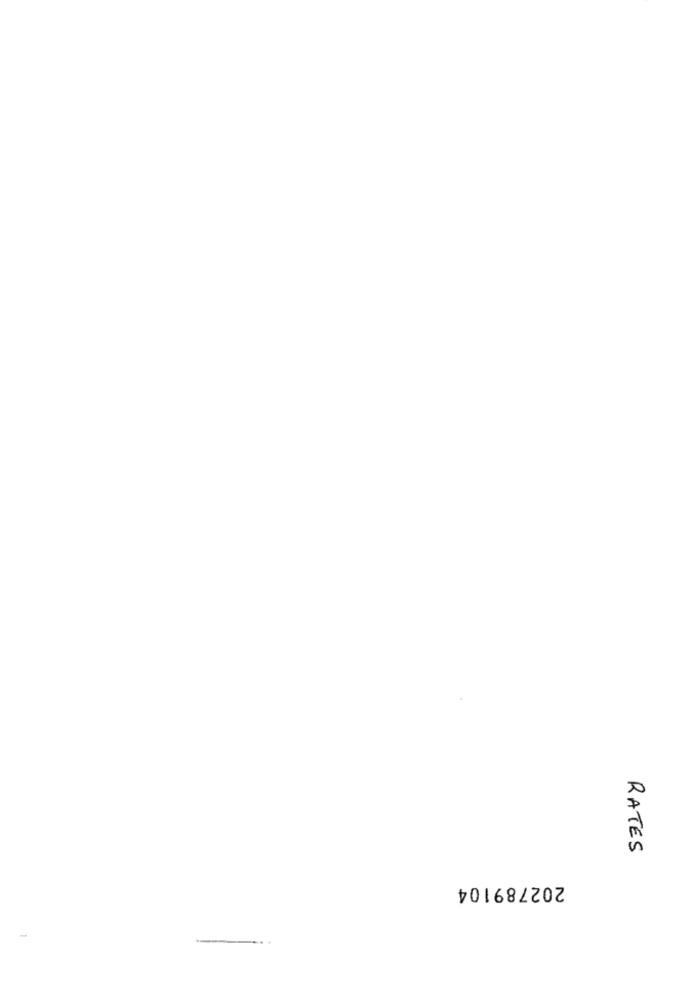
RATES
202789104